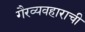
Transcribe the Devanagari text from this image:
गैरव्यवहाराची